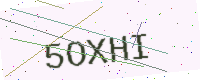
Text: 5OXHI